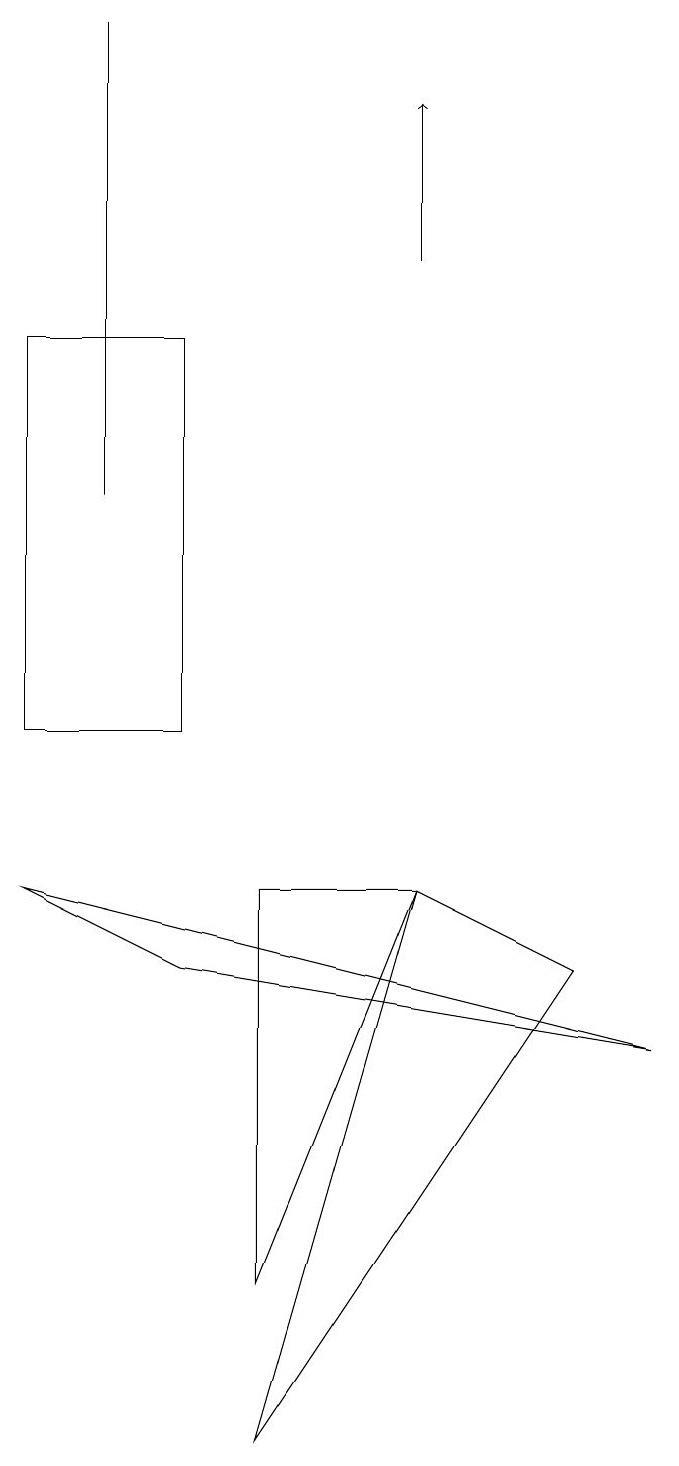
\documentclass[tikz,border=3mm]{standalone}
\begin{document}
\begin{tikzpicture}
\draw (3,15) rectangle (1,10);
\draw (2,13) rectangle (2,19);
\draw[->] (6,16) -- (6,18);
\draw (4,1) -- (6,8) -- (8,7) -- cycle;
\draw (1,8) -- (9,6) -- (3,7) -- cycle;
\draw (4,8) -- (6,8) -- (4,3) -- cycle;
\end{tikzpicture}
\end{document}